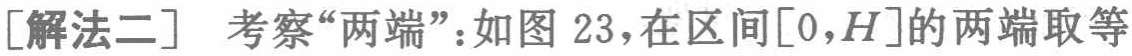
[解法二] 考察“两端”：如图 23，在区间$[0,H]$的两端取等